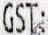
GST: